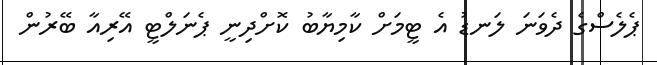
ޕެލެސްގެ ދެވަނަ ލަނޑު އެ ޓީމަށް ކާމިޔާބު ކޮށްދިނީ ޕެނަލްޓީ އޭރިއާ ބޭރުން